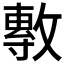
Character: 𭤈